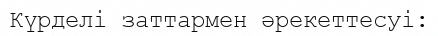
Күрделі заттармен әрекеттесуі: